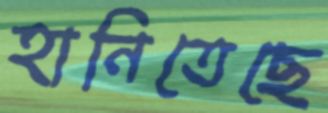
হানিতেছে